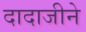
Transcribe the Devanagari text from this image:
दादाजीने